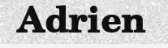
Adrien